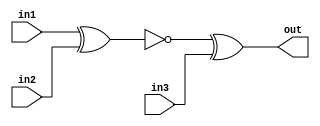
module top_module (
    input in1,
    input in2,
    input in3,
    output out);

    wire xor_n;
    
    xnor(xor_n, in1, in2);
    xor(out, xor_n, in3);
    
endmodule